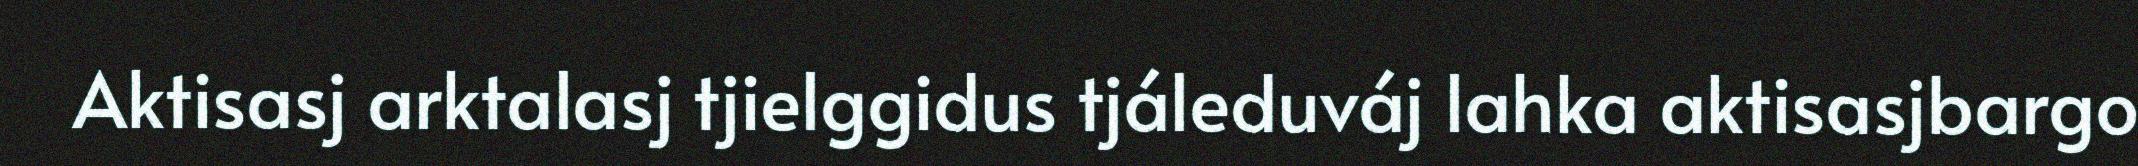
Aktisasj arktalasj tjielggidus tjáleduváj lahka aktisasjbargo